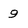
Character: 9